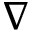
\nabla